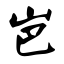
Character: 岜